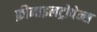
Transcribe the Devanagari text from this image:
फ़ीनाइलट्रोपेन्स